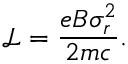
\mathcal { L } = \frac { e B \sigma _ { r } ^ { 2 } } { 2 m c } .